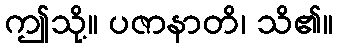
ဤသို့။ ပဇာနာတိ၊ သိ၏။